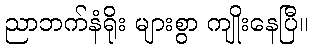
ညာဘက်နံရိုး များစွာ ကျိုးနေပြီ။